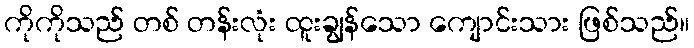
ကိုကိုသည် တစ် တန်းလုံး ထူးချွန်သော ကျောင်းသား ဖြစ်သည်။